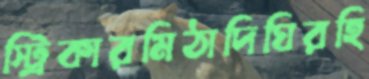
স্ট্রিকারমিঠাদিঘিরহি